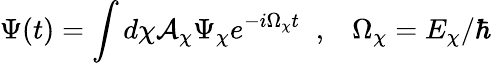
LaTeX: \Psi(t)=\int d\chi\mathcal{A}_{\chi}\Psi_{\chi}e^{-i\Omega_{\chi}t}\; \; ,\; \; \; \Omega_{\chi}=E_{\chi}/\hbar